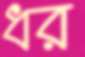
ধর